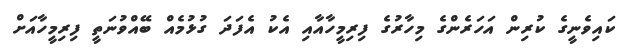
ކައިވެނީގެ ކުރިން އަހަރެންގެ މިހާރުގެ ފިރިމީހާއާއި އެކު އެފަދަ ގުޅުމެއް ބޭއްވުނަތީ ފިރިމީހާއަށް